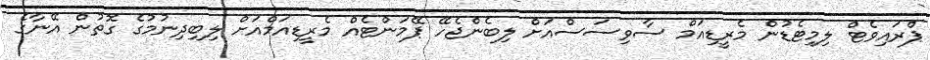
ޕްރައިވެޓް ލިމިޓެޑުން މެރީޑިއަމް ސާވިސަސްއަށް ލިބެންޖެހޭ ޕޭމަންޓެއް މެރީޑިއަމްއަށް ލިބިދިނުމުގެ ގޮތުން އޭނާގެ